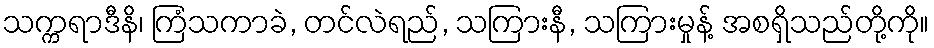
သက္ကရာဒီနိ၊ ကြံသကာခဲ, တင်လဲရည်, သကြားနီ, သကြားမှုန့် အစရှိသည်တို့ကို။